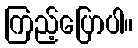
ကြည့်ပြောပါ။